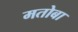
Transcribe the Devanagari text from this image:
मतोबा